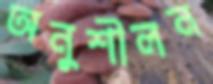
অনুশীলন